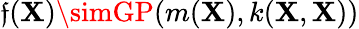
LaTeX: \mathfrak{f}(\textbf{{X}})\simGP(m(\textbf{{X}}),k(\textbf{{X}},\textbf{{X}}))